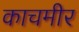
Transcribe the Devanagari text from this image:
काचमीर